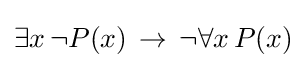
\exists x\,\neg P(x)\,\to \,\neg \forall x\,P(x)